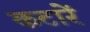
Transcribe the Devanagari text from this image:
कटारें